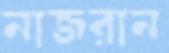
নাজরান